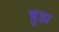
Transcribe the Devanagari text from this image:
ब्लुह्म